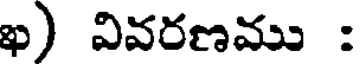
ఖ) వివరణము :